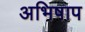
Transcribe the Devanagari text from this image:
अभिषाप